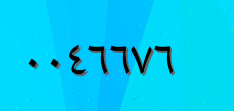
٠٠٤٦٦٧٦